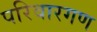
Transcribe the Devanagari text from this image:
परिवारगण